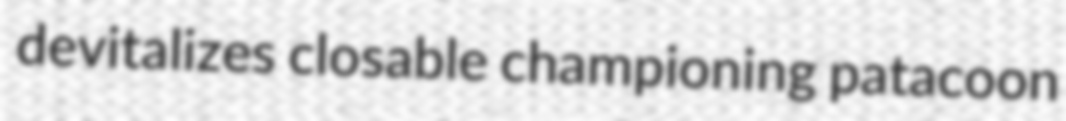
devitalizes closable championing patacoon